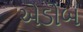
એડોબ